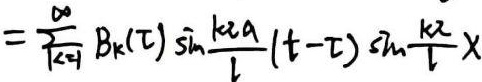
$=\sum_{k=1}^{\infty} B_{k}(\tau) \sin \frac{k \pi a}{l}(t - \tau) \sin \frac{k \pi}{l}x$